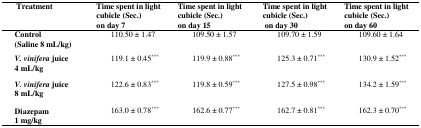
<table><thead><tr><td><b>Treatment</b></td><td><b>Time spent in light cubicle (Sec.)on day 7</b></td><td><b>Time spent in light cubicle (Sec.)on day 15</b></td><td><b>Time spent in light cubicle (Sec.) on day 30</b></td><td><b>Time spent in light cubicle (Sec.)on day 60</b></td></tr></thead><tbody><tr><td><b>Control</b><b>(Saline 8 mL/kg)</b></td><td>110.50 ± 1.47</td><td>109.50 ± 1.57</td><td>109.70 ± 1.59</td><td>109.60 ± 1.64</td></tr><tr><td><b><i>V. vinifera</i></b><b> juice</b><b>4 mL/kg</b></td><td>119.1 ± 0.45***</td><td>119.9 ± 0.88***</td><td>125.3 ± 0.71***</td><td>130.9 ± 1.52***</td></tr><tr><td><b><i>V. vinifera</i></b><b> juice</b><b>8 mL/kg</b></td><td>122.6 ± 0.83***</td><td>119.8 ± 0.59***</td><td>127.5 ± 0.98***</td><td>134.2 ± 1.59***</td></tr><tr><td><b>Diazepam</b><b>1 mg/kg</b></td><td>163.0 ± 0.78***</td><td>162.6 ± 0.77***</td><td>162.7 ± 0.81***</td><td>162.3 ± 0.70***</td></tr></tbody></table>